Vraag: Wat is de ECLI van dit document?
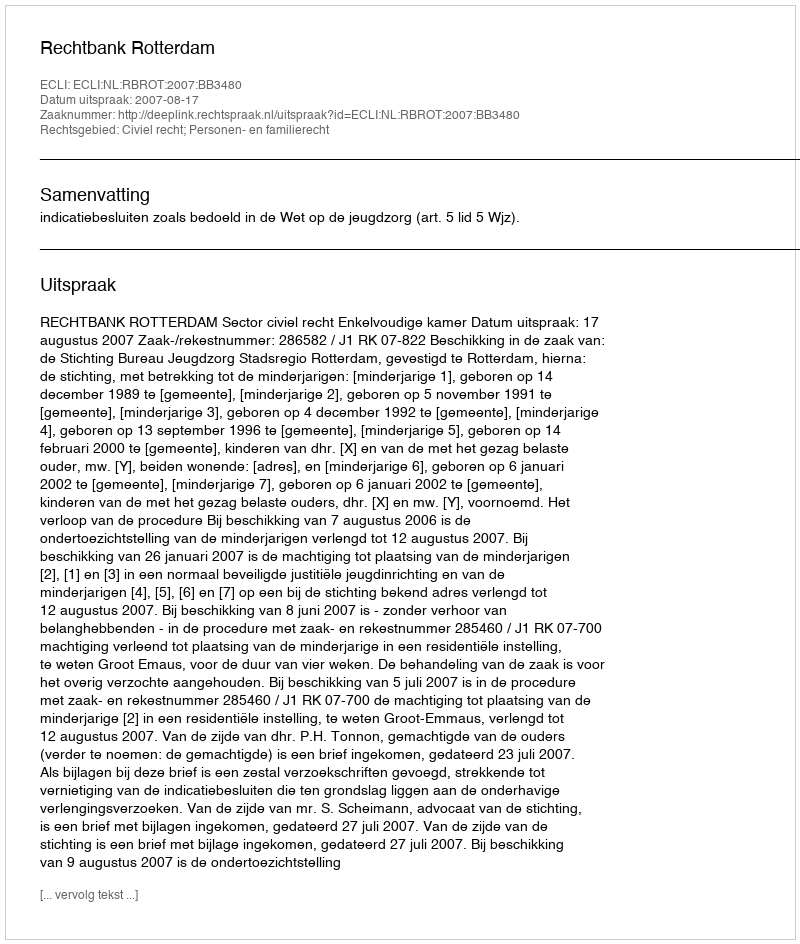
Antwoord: ECLI:NL:RBROT:2007:BB3480